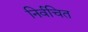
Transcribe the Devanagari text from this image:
निर्वचित